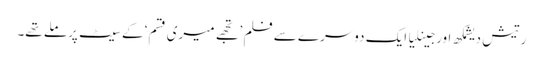
رتیش دیشمکھ اورجینلیا ایک دوسرے سے فلم ’تجھے میری قسم‘ کے سیٹ پرملے تھے۔